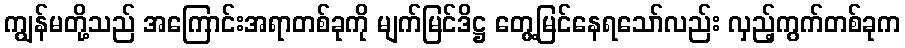
ကျွန်မတို့သည် အကြောင်းအရာတစ်ခုကို မျက်မြင်ဒိဋ္ဌ တွေ့မြင်နေရသော်လည်း လှည့်ကွက်တစ်ခုက